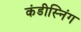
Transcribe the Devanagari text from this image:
कंडीस्निंग